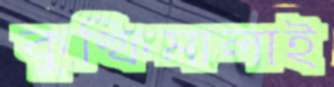
কুল্‌ফিমালাই